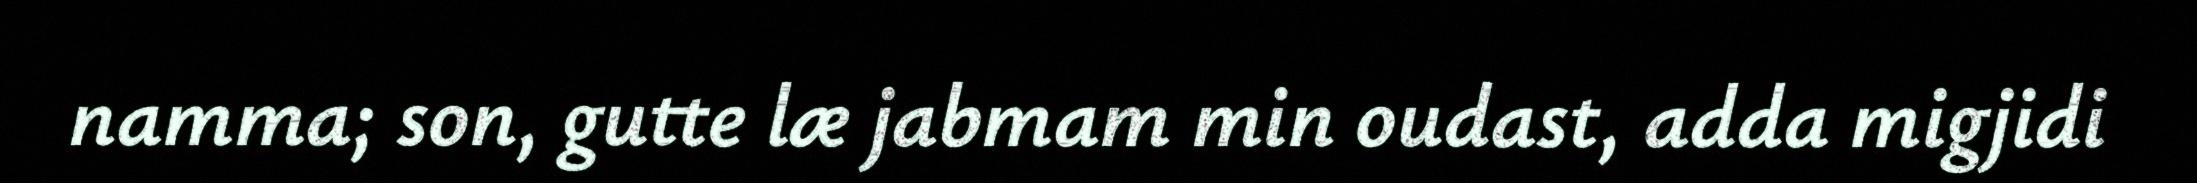
namma; son, gutte læ jabmam min oudast, adda migjidi